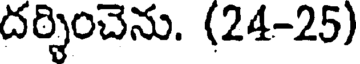
దర్శించెను. (24-25)